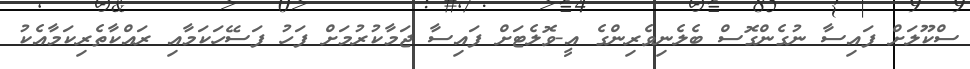
ސްކޫލަށް ފައިސާ ނުގެންގޮސް ބެލެނިވެރިންގެ އީ-ވޮލެޓަށް ފައިސާ ޖަމާކުރުމަށް ފަހު ފަސޭހަކަމާއި ރައްކާތެރިކަމާއެކު